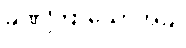
ခဏကြာသောအခါ